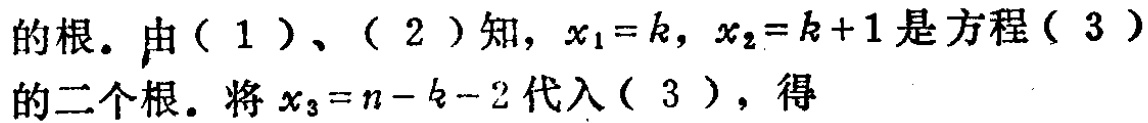
的根。由（1）、（2）知，\(x_{1}=k,\ x_{2}=k + 1\)是方程（3）的二个根。将\(x_{3}=n - k - 2\)代入（3），得